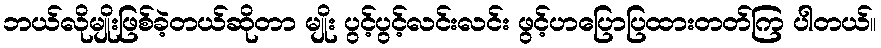
ဘယ်လိုမျိုးဖြစ်ခဲ့တယ်ဆိုတာ မျိုး ပွင့်ပွင့်လင်းလင်း ဖွင့်ဟပြောပြထားတတ်ကြ ပါတယ်။